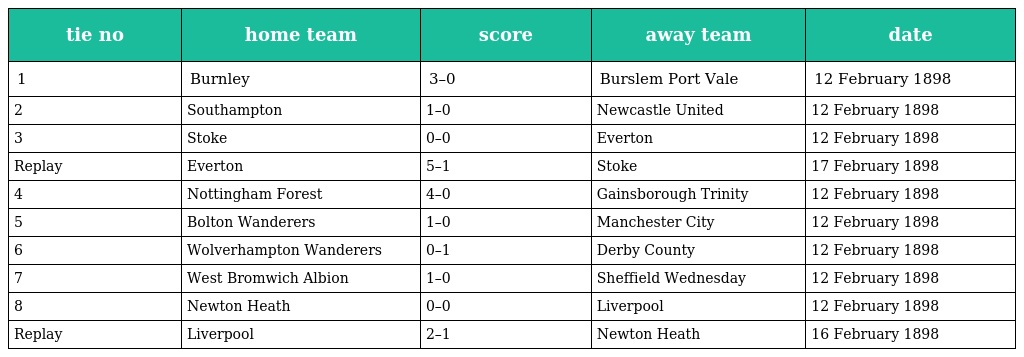
| tie no | home team | score | away team | date |
 | --- | --- | --- | --- | --- |
 | 1 | Burnley | 3–0 | Burslem Port Vale | 12 February 1898 |
 | 2 | Southampton | 1–0 | Newcastle United | 12 February 1898 |
 | 3 | Stoke | 0–0 | Everton | 12 February 1898 |
 | Replay | Everton | 5–1 | Stoke | 17 February 1898 |
 | 4 | Nottingham Forest | 4–0 | Gainsborough Trinity | 12 February 1898 |
 | 5 | Bolton Wanderers | 1–0 | Manchester City | 12 February 1898 |
 | 6 | Wolverhampton Wanderers | 0–1 | Derby County | 12 February 1898 |
 | 7 | West Bromwich Albion | 1–0 | Sheffield Wednesday | 12 February 1898 |
 | 8 | Newton Heath | 0–0 | Liverpool | 12 February 1898 |
 | Replay | Liverpool | 2–1 | Newton Heath | 16 February 1898 |